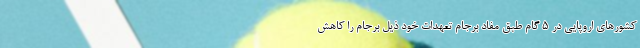
کشورهای اروپایی در ۵ گام طبق مفاد برجام تعهدات خود ذیل برجام را کاهش